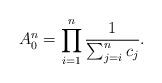
LaTeX: \begin{align*} A^n_0 = \prod_{i=1}^n\frac{1}{\sum_{j=i}^n c_j}.\end{align*}